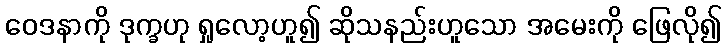
ဝေဒနာကို ဒုက္ခဟု ရှုလော့ဟူ၍ ဆိုသနည်းဟူသော အမေးကို ဖြေလို၍